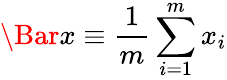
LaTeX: \Bar{x}\equiv\frac{1}{m}\sum_{i=1}^{m}x_{i}